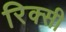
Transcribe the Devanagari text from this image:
रिक्सी